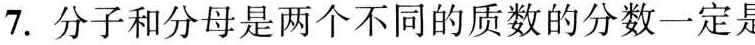
7.分子和分母是两个不同的质数的分数一定是